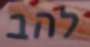
להב